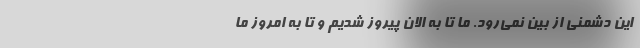
این دشمنی از بین نمی‌رود. ما تا به الان پیروز شدیم و تا به امروز ما